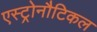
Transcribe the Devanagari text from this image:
एस्ट्रोनौटिकल